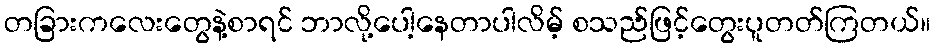
တခြားကလေးတွေနဲ့စာရင် ဘာလို့ပေါ့နေတာပါလိမ့် စသည်ဖြင့်တွေးပူတတ်ကြတယ်။